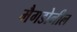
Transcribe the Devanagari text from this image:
मैगडोनील